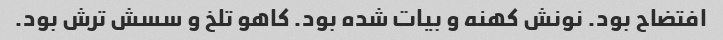
افتضاح بود. نونش کهنه و بیات شده بود. کاهو تلخ و سسش ترش بود.